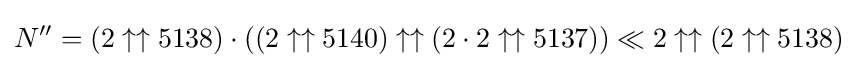
N''=(2\uparrow \uparrow 5138)\cdot ((2\uparrow \uparrow 5140)\uparrow \uparrow (2\cdot 2\uparrow \uparrow 5137))\ll 2\uparrow \uparrow (2\uparrow \uparrow 5138)